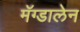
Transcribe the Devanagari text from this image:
मॅग्डालेन